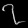
Digit: ၇